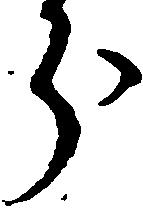
分